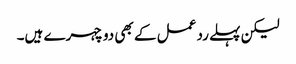
لیکن پہلے رد عمل کے بھی دو چہرے ہیں۔